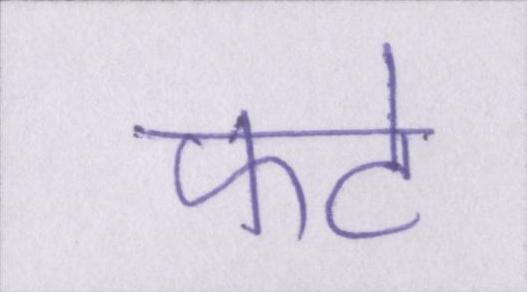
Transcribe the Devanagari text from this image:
फटे